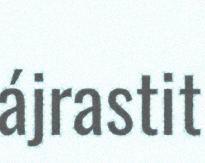
ájrastit